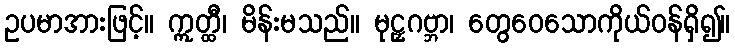
ဥပမာအားဖြင့်။ ဣတ္ထီ၊ မိန်းမသည်။ မုဠှဂဗ္ဘာ၊ တွေဝေသောကိုယ်ဝန်ရှိ၍။